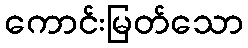
ကောင်းမြတ်သော